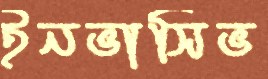
ইনভাসিভ